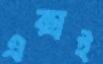
এক্সই